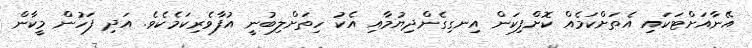
އޭނާއަށްޓަކައި އެތަށްކަމެއް ކޮށްފިކަން އިނގިގެންދިޔުމާއި އެކު ހިތަށްލިބުނީ އުފާވެރިކަމެކެވެ. އަދި ފަހުން މީކާން